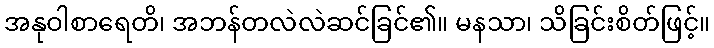
အနုဝါစာရေတိ၊ အဘန်တလဲလဲဆင်ခြင်၏။ မနသာ၊ သိခြင်းစိတ်ဖြင့်။